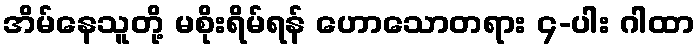
အိမ်နေသူတို့ မစိုးရိမ်ရန် ဟောသောတရား ၄-ပါး ဂါထာ